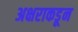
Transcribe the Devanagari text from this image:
अक्षराकडून